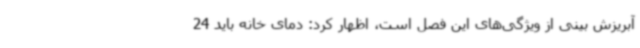
آبریزش بینی از ویژگی‌های این فصل است، اظهار کرد: دمای خانه باید 24